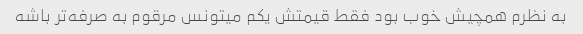
به نظرم همچیش خوب بود فقط قیمتش یکم میتونس مرقوم به صرفه‌تر باشه